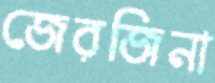
জেরজিনা